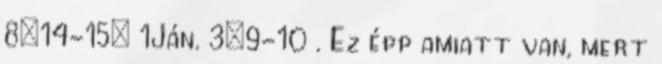
8:14-15; 1Ján. 3:9-10 . Ez épp amiatt van, mert